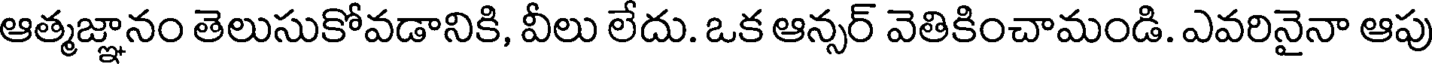
ఆత్మజ్ఞానం తెలుసుకోవడానికి, వీలు లేదు. ఒక ఆన్సర్ వెతికించామండి. ఎవరినైనా ఆపు